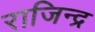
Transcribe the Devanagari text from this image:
राजिन्द्र